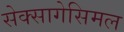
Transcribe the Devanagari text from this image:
सेक्सागेसिमल